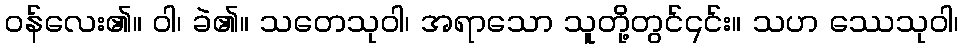
ဝန်လေး၏။ ဝါ၊ ခဲ၏။ သတေသုဝါ၊ အရာသော သူတို့တွင်၎င်း။ သဟ ဿေသုဝါ၊